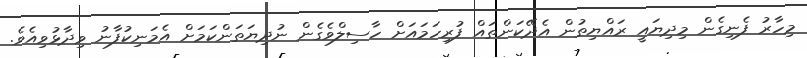
މިހާރު ފެނިގެން މިދިޔައީ ރައްޔިތުން އެދޭކަންތައް ފުރިހަމައަށް ހާސިލްވެގެން ނުދިޔަތަންކަމަށް އެމަނިކުފާނު ވިދާޅުވިއެވެ.